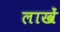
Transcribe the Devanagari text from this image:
लाखें